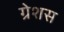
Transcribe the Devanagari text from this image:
ग्रेशस